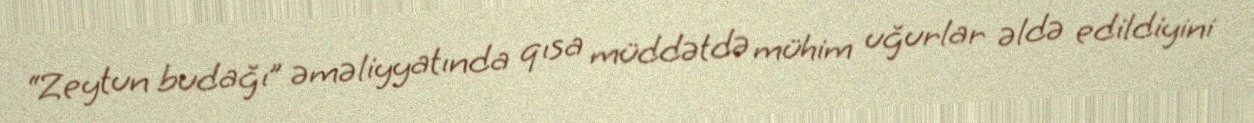
“Zeytun budağı” əməliyyatında qısa müddətdə mühim uğurlar əldə edildiyini